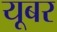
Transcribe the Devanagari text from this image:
यूबर